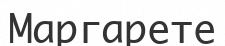
Маргарете